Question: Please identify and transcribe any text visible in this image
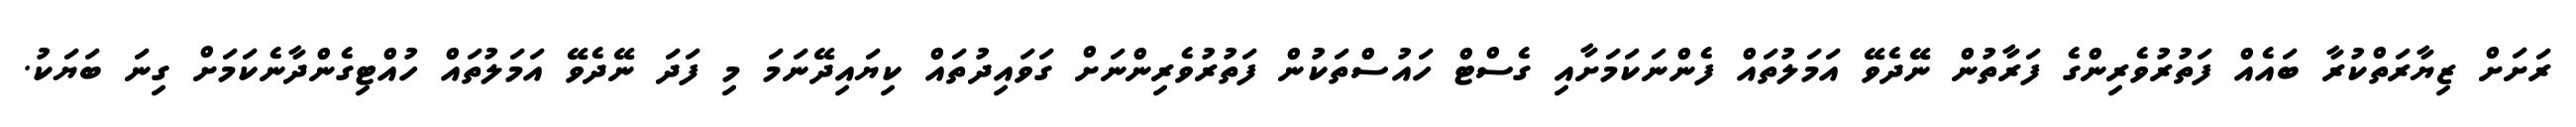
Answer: ރަށަށް ޒިޔާރަތްކުރާ ބައެއް ފަތުރުވެރިންގެ ފަރާތުން ނޭދެވޭ އަމަލުތައް ފެންނަކަމަށާއި ގެސްޓް ހައުސްތަކުން ފަތުރުވެރިންނަށް ގަވައިދުތައް ކިޔައިދޭނަމަ މި ފަދަ ނޭދެވޭ އަމަލުތައް ހުއްޓިގެންދާނެކަމަށް ގިނަ ބަޔަކު.